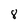
Character: 8